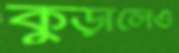
কুড়ালেও